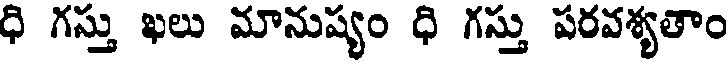
ధి గస్తు ఖలు మానుష్యం ధి గస్తు పరవశ్యతాం